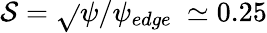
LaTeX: \mathcal{S}=\sqrt{}{{\psi/\psi_{edge}}}~\simeq0.25